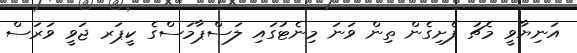
އަނިޔާވީ މެޗު ފެށިގެން ތިން ވަނަ މިނެޓުގައި ލަސްޕާމަސްގެ ކީޕަރ ޖަވީ ވަރަސް